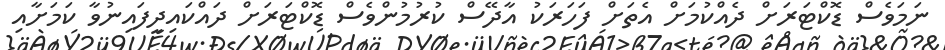
ނަމަވެސް ޑޮކްޓަރަށް ދެއްކުމަށް އެތަށް ފަހަރަކު އާދޭސް ކުރުމުންވެސް ޑޮކްޓަރަށް ދައްކައިދީފައިނުވާ ކަމަށާއި